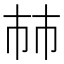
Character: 𢂏